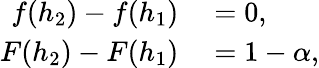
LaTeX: \begin{array}{rl}{f(h_{2})-f(h_{1})}&{{}=0,}\\ {F(h_{2})-F(h_{1})}&{{}=1-\alpha,}\end{array}